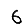
Digit: 6